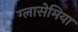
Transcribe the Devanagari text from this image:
ग्लासेमिया